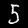
Label: 5